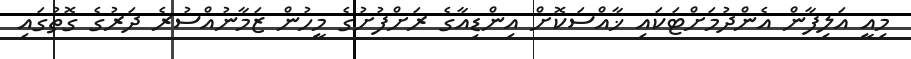
މިއީ އަލިފާން އެންދުމަށްޓަކައި ޚާއްސަކޮށް އިންޑިއާގެ ރަށްފުށުގެ މީހުން ޒަމާނުއްސުރެ ދަރުގެ ގޮތުގައި